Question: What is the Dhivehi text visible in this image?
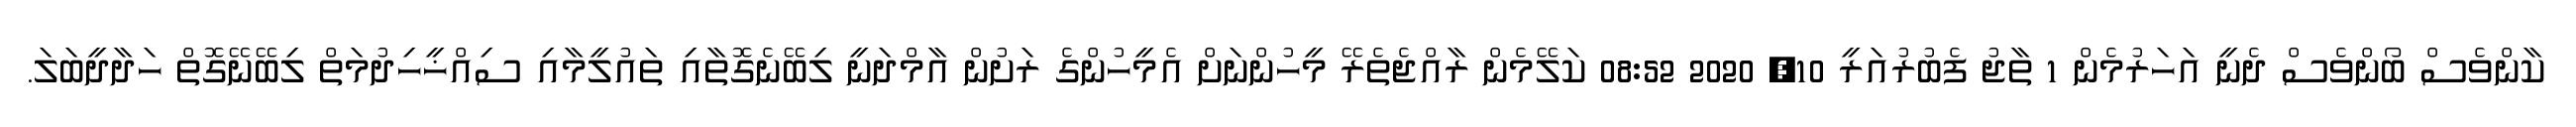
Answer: ކާންވެސް ބޯންވެސް ދެނީ އަހަރުމެން 1 ތާޖު ފެބުރުއަރީ 10, 2020 08:52 ކަލޭމެން ރާއްޖެތެރޭ މީހުންނަށް އެމީހުންގެ ރަށުން އާމްދަނީ ލިބޭނެގޮތާއި ތައުލީމާއި ސިއްޚީހިދުމަތް ލިބޭނޭގޮތް ހަދާދީބަލަ.